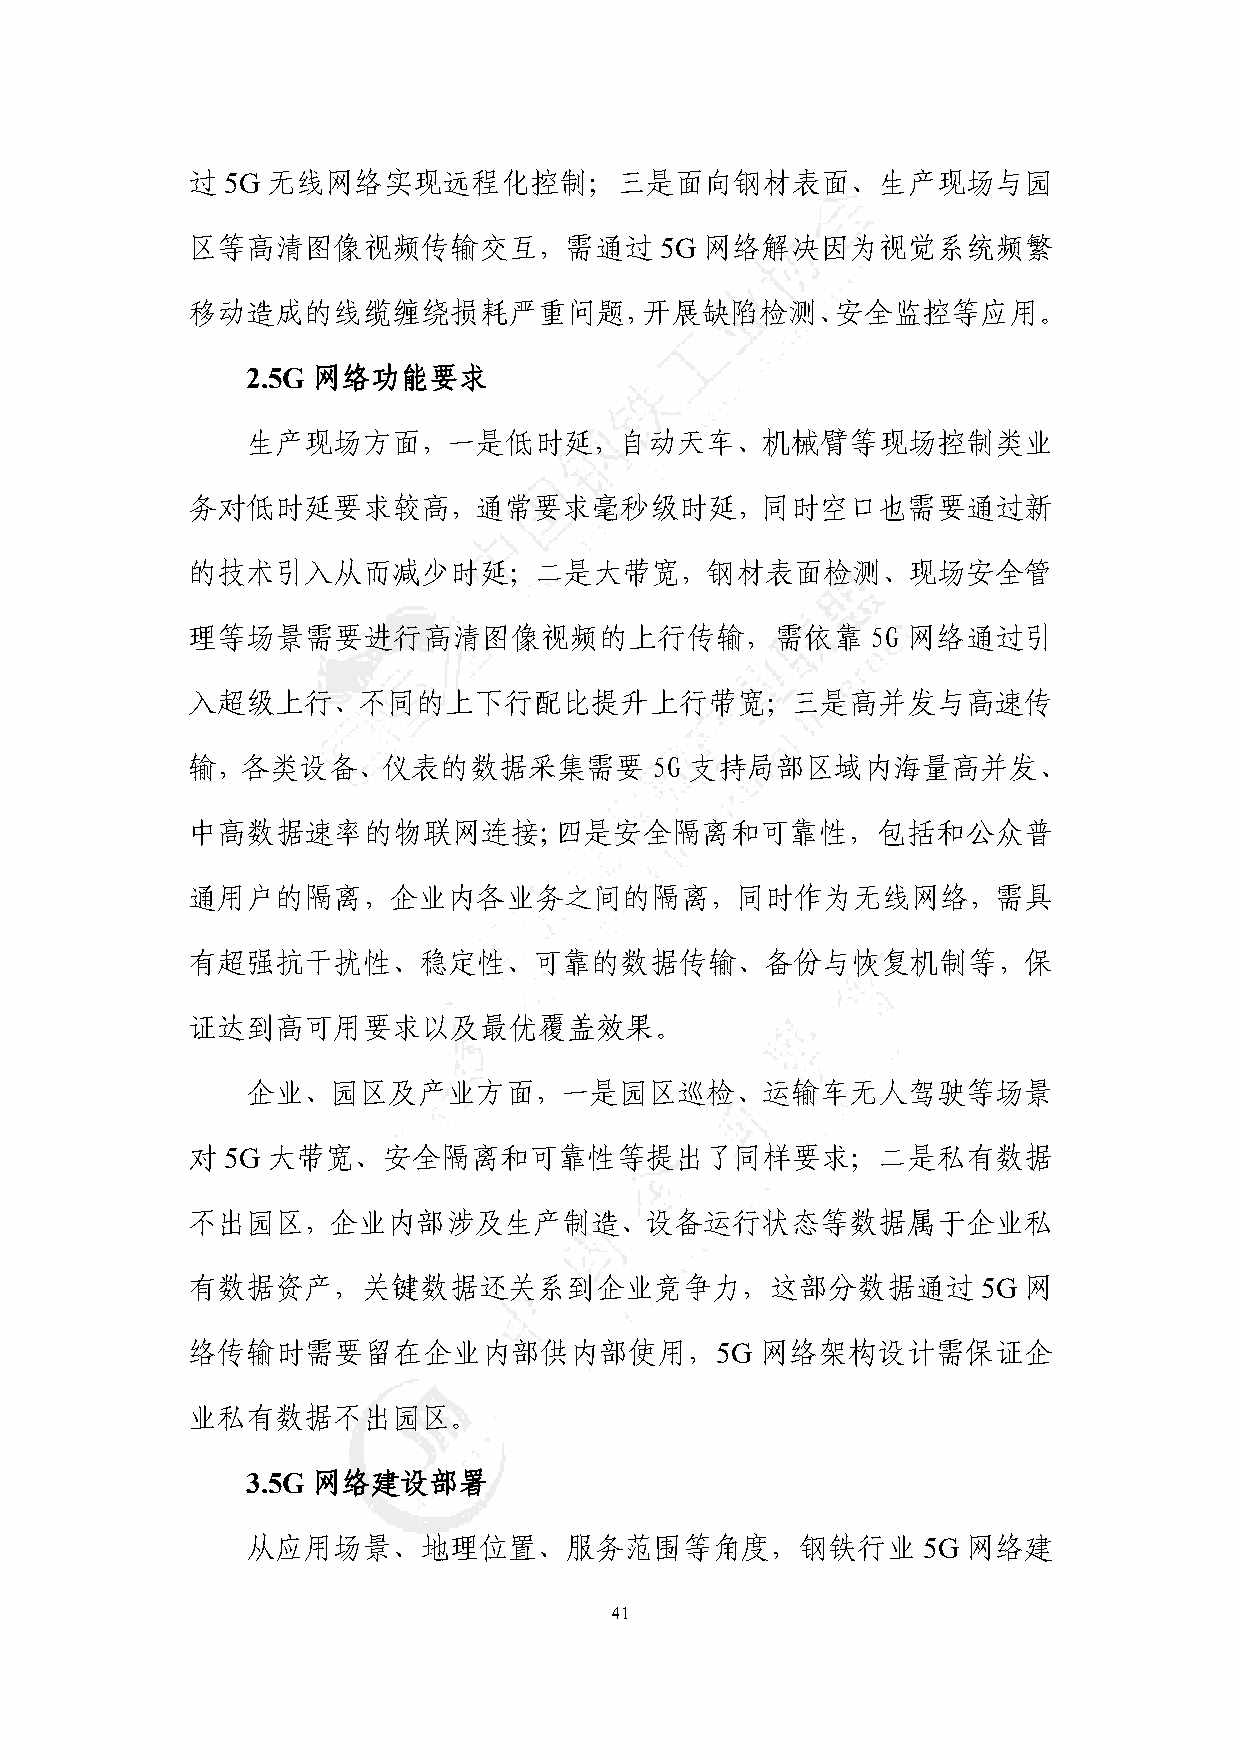
过  5G 无线网络实现远程化控制；三是面向钢材表面、生产现场与园
 区等高清图像视频传输交互，需通过                5G 网络解决因为视觉系统频繁
 移动造成的线缆缠绕损耗严重问题，开展缺陷检测、安全监控等应用。
 2.5G 网络功能要求
 生产现场方面，一是低时延，自动天车、机械臂等现场控制类业
 务对低时延要求较高，通常要求毫秒级时延，同时空口也需要通过新
 的技术引入从而减少时延；二是大带宽，钢材表面检测、现场安全管
 理等场景需要进行高清图像视频的上行传输，需依靠                       5G 网络通过引
 入超级上行、不同的上下行配比提升上行带宽；三是高并发与高速传
 输，各类设备、仪表的数据采集需要               5G 支持局部区域内海量高并发、
 中高数据速率的物联网连接;四是安全隔离和可靠性，包括和公众普
 通用户的隔离，企业内各业务之间的隔离，同时作为无线网络，需具
 有超强抗干扰性、稳定性、可靠的数据传输、备份与恢复机制等，保
 证达到高可用要求以及最优覆盖效果。
 企业、园区及产业方面，一是园区巡检、运输车无人驾驶等场景
 对  5G 大带宽、安全隔离和可靠性等提出了同样要求；二是私有数据
 不出园区，企业内部涉及生产制造、设备运行状态等数据属于企业私
 有数据资产，关键数据还关系到企业竞争力，这部分数据通过                          5G 网
 络传输时需要留在企业内部供内部使用，5G                  网络架构设计需保证企
 业私有数据不出园区。
 3.5G 网络建设部署
 从应用场景、地理位置、服务范围等角度，钢铁行业                      5G 网络建
 41